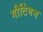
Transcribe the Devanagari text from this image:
गौटिंगन